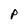
Character: P